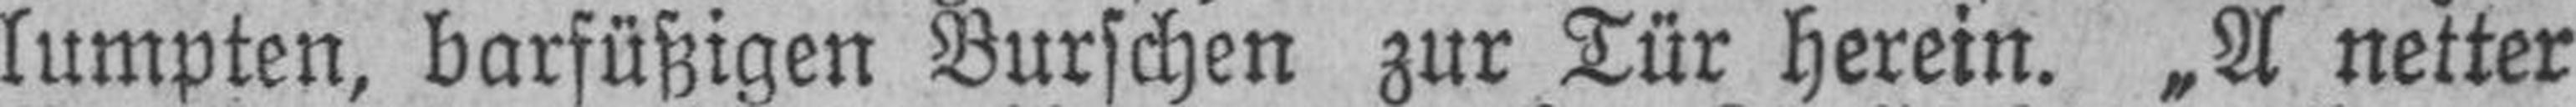
lumpten, barfüßigen Burschen zur Tür herein. „A netter